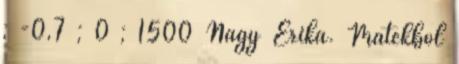
; -0,7 ; 0 ; 1500 Nagy Erika. Matekból